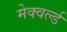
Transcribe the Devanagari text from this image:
मेक्वर्ल्ड